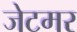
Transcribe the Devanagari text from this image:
जेटमर